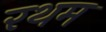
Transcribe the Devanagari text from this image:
रथम